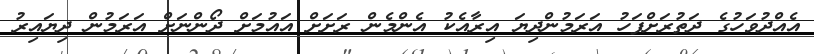
އެއްދުވަހުގެ ދަތުރަށްފަހު އަރަމުންދިޔަ އިރާއެކު އެންމެން ރަށަށް އައުމަށް ދޯންނަށް އަރަމުން ދިޔައިރު